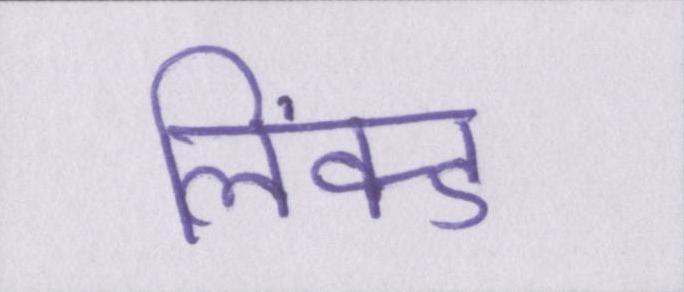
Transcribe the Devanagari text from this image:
लिंक्ड